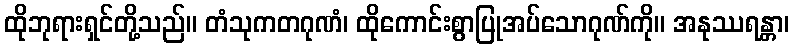
ထိုဘုရားရှင်တို့သည်။ တံသုကတဂုဏံ၊ ထိုကောင်းစွာပြုအပ်သောဂုဏ်ကို။ အနုဿရန္တာ၊